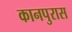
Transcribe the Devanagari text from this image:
कानपुरास